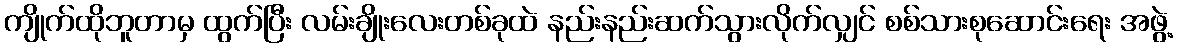
ကျိုက်ထိုဘူတာမှ ထွက်ပြီး လမ်းချိုးလေးတစ်ခုထဲ နည်းနည်းဆက်သွားလိုက်လျှင် စစ်သားစုဆောင်းရေး အဖွဲ့